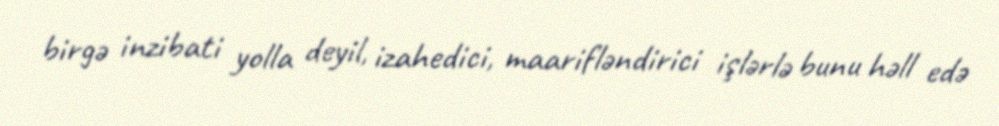
birgə inzibati yolla deyil, izahedici, maarifləndirici işlərlə bunu həll edə